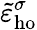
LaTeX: \tilde{\varepsilon}_{\mathrm{ho}}^{\sigma}